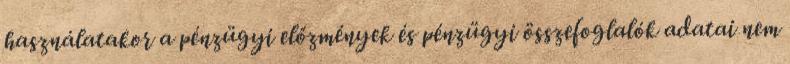
használatakor a pénzügyi előzmények és pénzügyi összefoglalók adatai nem